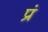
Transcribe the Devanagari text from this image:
प्रं